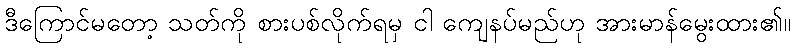
ဒီကြောင်မတော့ သတ်ကို စားပစ်လိုက်ရမှ ငါ ကျေနပ်မည်ဟု အားမာန်မွေးထား၏။